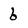
Character: 6